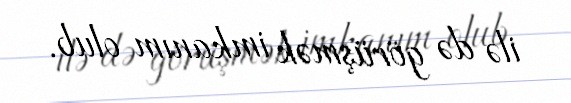
ilə də görüşmək imkanım olub.